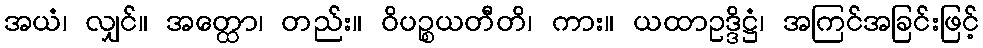
အယံ၊ လျှင်။ အတ္ထော၊ တည်း။ ဝိပဉ္စယတီတိ၊ ကား။ ယထာဥဒ္ဒိဋ္ဌံ၊ အကြင်အခြင်းဖြင့်